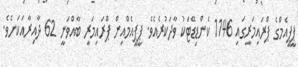
ޕީޕީއެމްގެ ޕްރައިމަރީގައި 1146 ކެންޑިޑޭޓަކު ވާދަކުރެއެވެ. ޕީޕީއެމްއިން ޕްރައިމަރީ ބާއްވަނީ 62 ދާއިރާއަކަށެވެ.